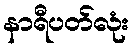
နာရီပတ်လုံး